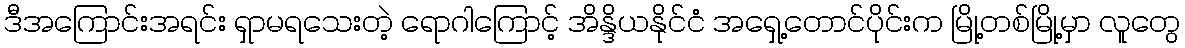
ဒီအကြောင်းအရင်း ရှာမရသေးတဲ့ ရောဂါကြောင့် အိန္ဒိယနိုင်ငံ အရှေ့တောင်ပိုင်းက မြို့တစ်မြို့မှာ လူတွေ